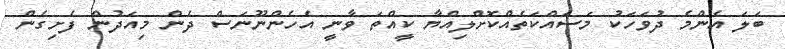
ބަލަ އެންމެ ދުވަހަކު މަސައްކަތެއްކޮށްލިއްޔާ ކީއްތަ ވާނީ އެހެންނޫނަސް ދެން މިއަދުން ފެށިގެން